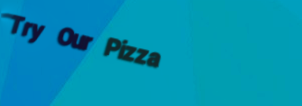
Try Our Pizza